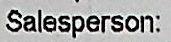
SALESPERSON: